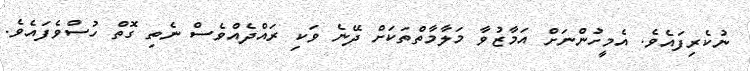
ނުކެރިފައެވެ. އެމީހުންނަށް އަމާޒުވާ މަލާމާތްތަކަށް ދޭނެ ވަކި ރައްދެއްވެސް ނެތި ގޮތް ހުސްވެފައެވެ.